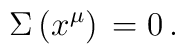
\Sigma \, (x^{\mu})  \, = 0 \, .